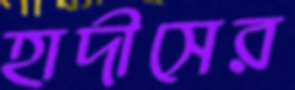
হাদীসের